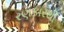
રણકારથી